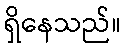
ရှိနေသည်။